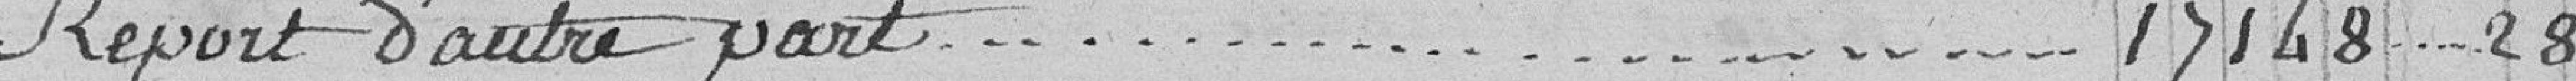
report d'autre part.............   17.1748, 28